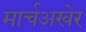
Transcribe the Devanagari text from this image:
मार्चअखेर